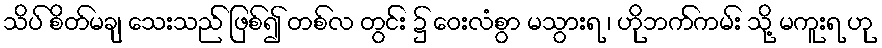
သိပ် စိတ်မချ သေးသည် ဖြစ်၍ တစ်လ တွင်း ၌ ဝေးလံစွာ မသွားရ ၊ ဟိုဘက်ကမ်း သို့ မကူးရ ဟု